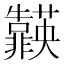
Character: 𮧈